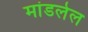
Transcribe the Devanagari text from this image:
मांडलेल